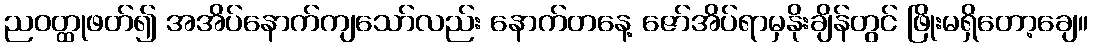
ညဝတ္ထုဖတ်၍ အအိပ်နောက်ကျသော်လည်း နောက်တနေ့ ဇော်အိပ်ရာမှနိုးချိန်တွင် ဖြိုးမရှိတော့ချေ။